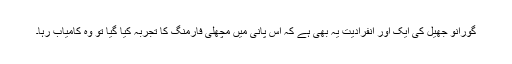
گورانو جھیل کی ایک اور انفرادیت یہ بھی ہے کہ اس پانی میں مچھلی فارمنگ کا تجربہ کیا گیا تو وہ کامیاب رہا۔